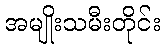
အမျိုးသမီးတိုင်း